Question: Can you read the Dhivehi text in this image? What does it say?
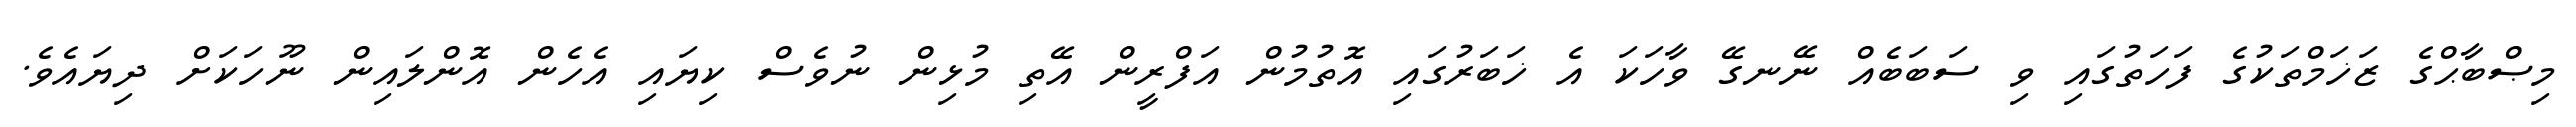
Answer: މިޞްބާޙްގެ ޒަޚަމްތަކުގެ ފަހަތުގައި ވި ސަބަބެއް ނޭނގޭ ވާހަކަ އެ ޚަބަރުގައި އޮތުމުން އަފްރީން އޭތި މުޅިން ނުވެސް ކިޔައި އެހެން އޮންލައިން ނޫހަކަށް ދިޔައެވެ.